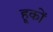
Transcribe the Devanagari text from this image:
हूकों